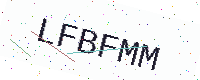
Text: LFBFMM